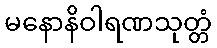
မနောနိဝါရဏသုတ္တံ